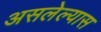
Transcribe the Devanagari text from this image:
असलेल्यास